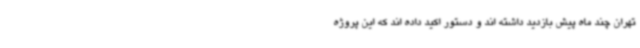
تهران چند ماه پیش بازدید داشته اند و دستور اکید داده اند که این پروژه